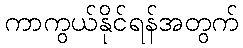
ကာကွယ်နိုင်ရန်အတွက်